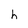
Character: h